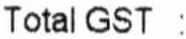
TOTAL GST :